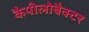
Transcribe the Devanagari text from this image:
कैपीलोबैक्टर